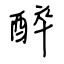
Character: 醉